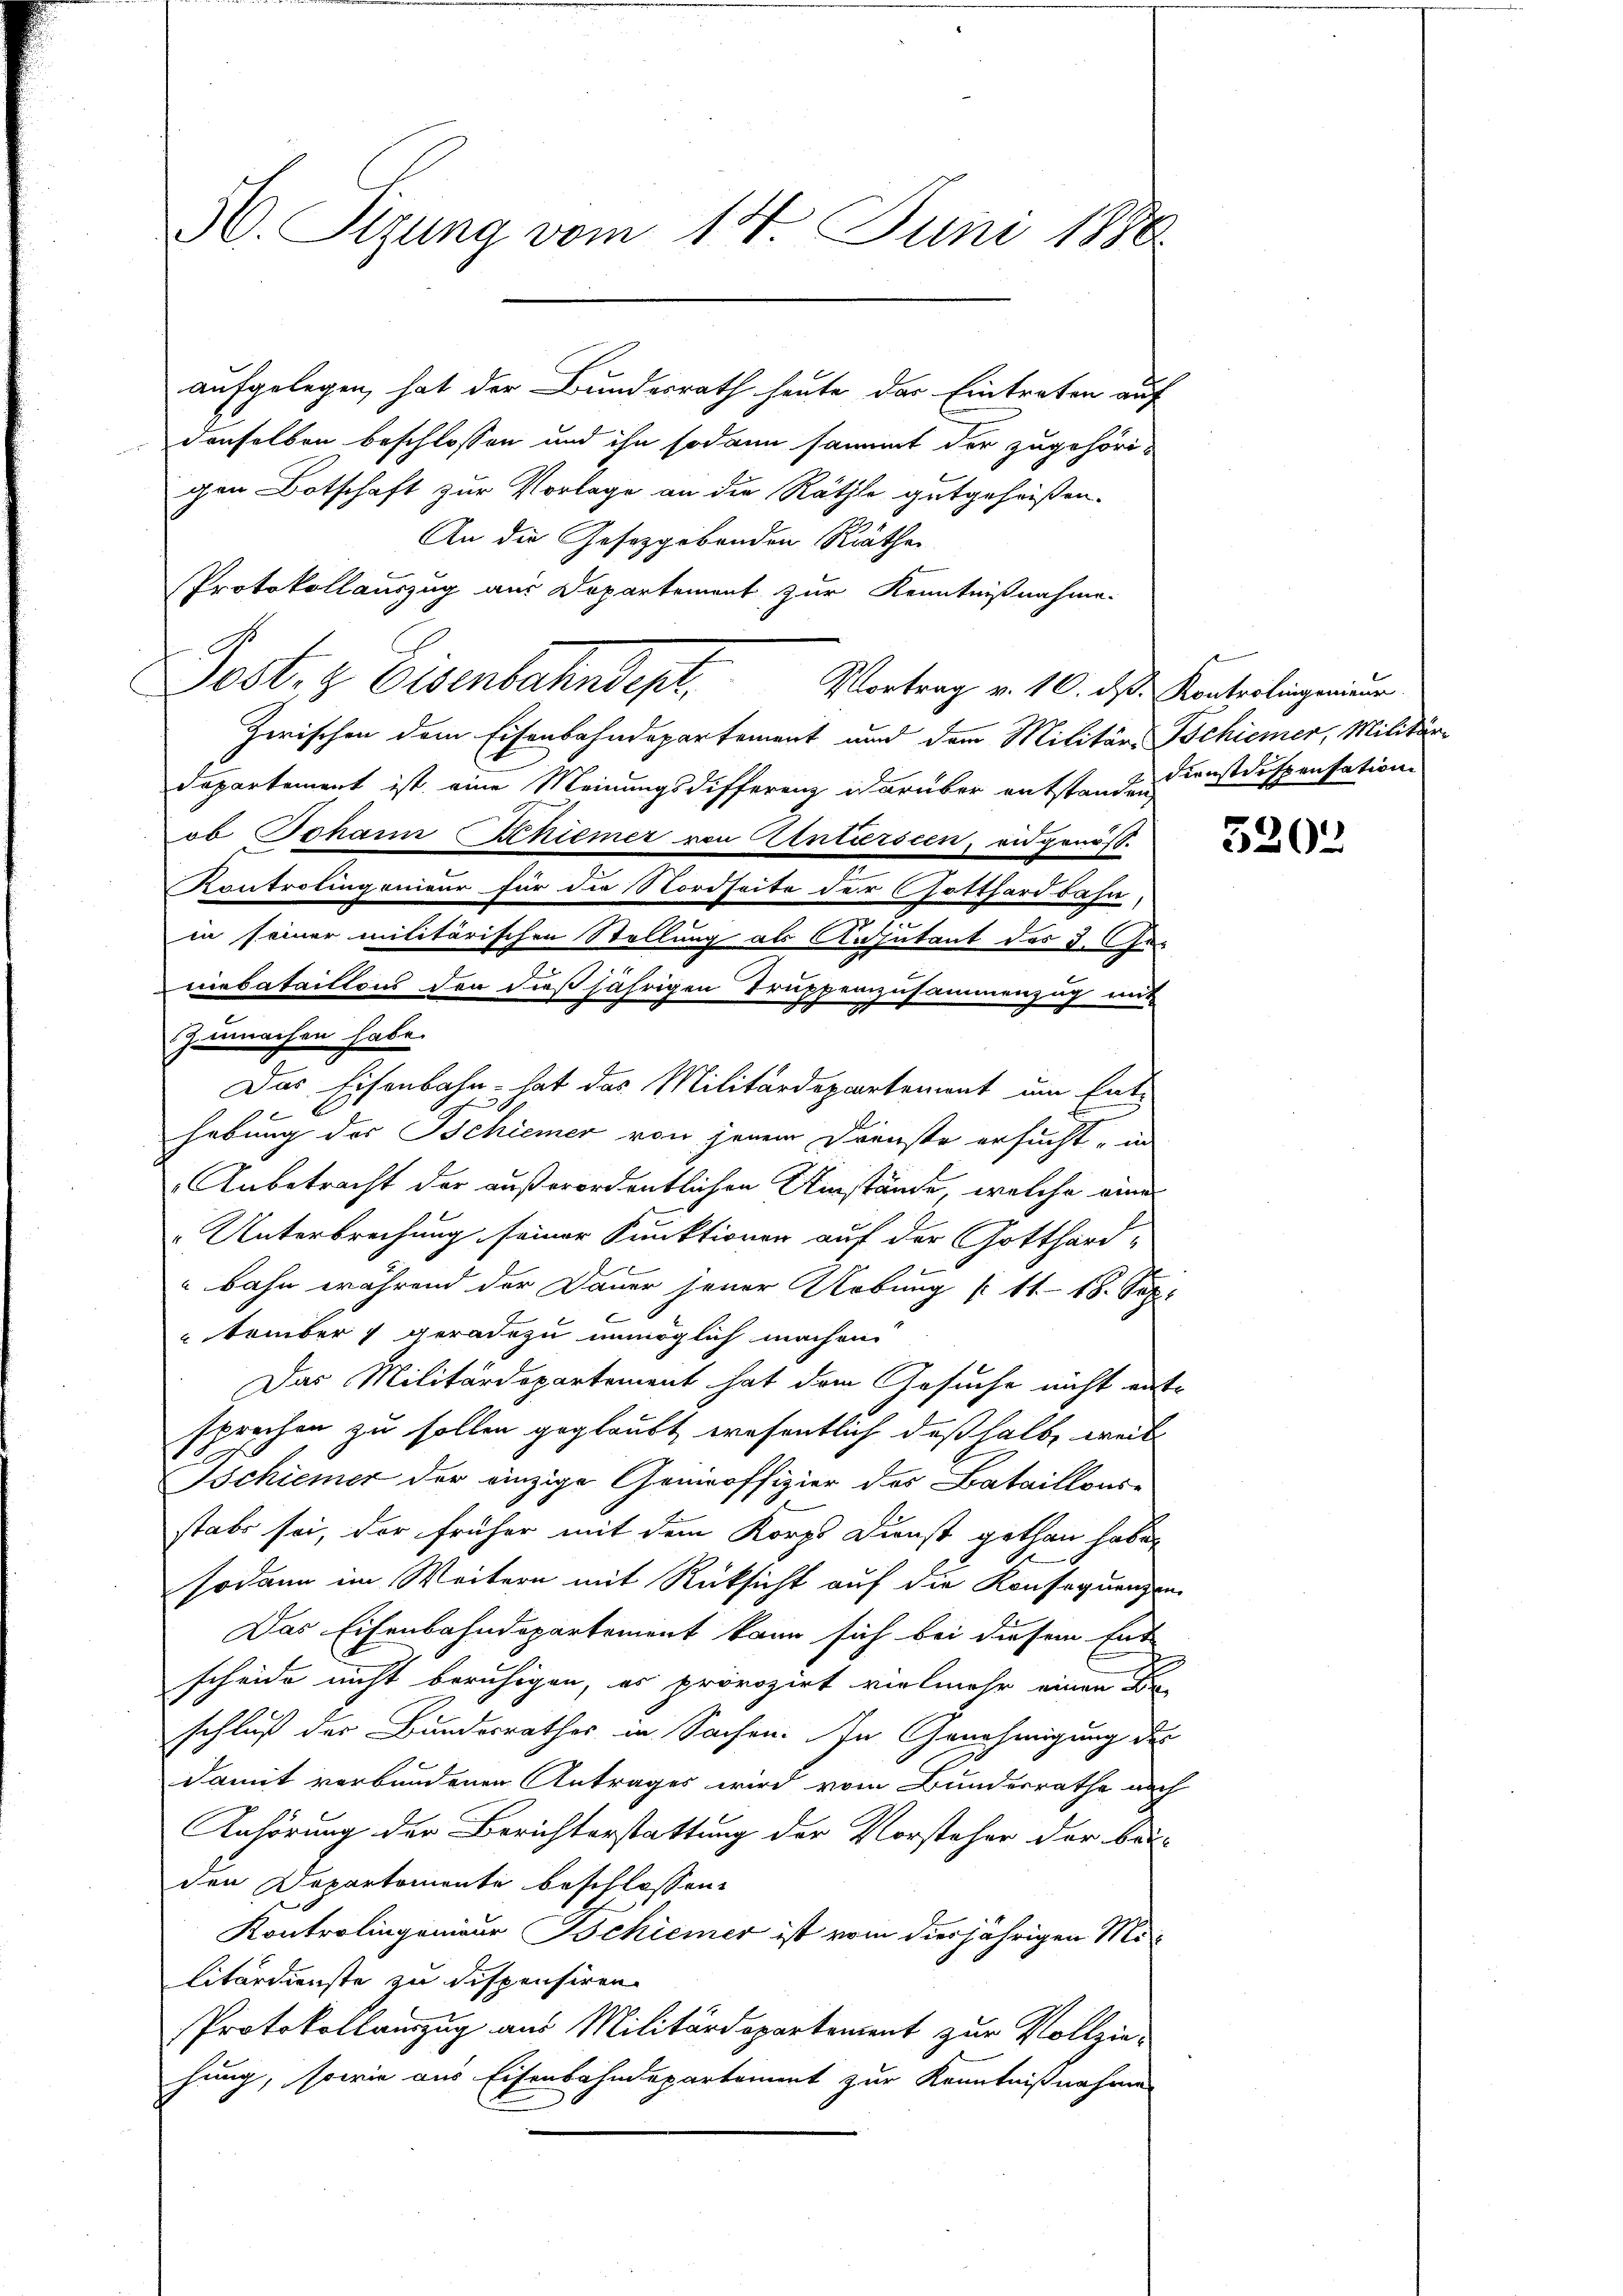
H. Sizung vom 14. Juni 1880

Das Eisenbahn - hat das Militärdepartement um Ent-

aufgelegen, hat der Bundesrath heute das Eintraten auf
denselben beschlossen und ihn sodann sammt der zugehöri-
gen Botschaft zur Vorlage an die Räthe gutgeheißen.
An die Gesetzgebenden Räthe
Protokollauszug aus Departement zur Kenntnißnahme.
Post. z. Eisenbahndepl
Vortrag v. 10. d. Kontrolingenieur
Zwischen dem Eisenbahndepartement und dem Militär-Gschiener, Militär-
Dapartement ist eine Meinungsdifferenz darüber entstanden Lustdispensation
ob Johann Kniemer von Antiersien, eidgenöß¬
Kontrolingenieur für die Nordseite der Gotthardbahn,
.
in seiner militärischen Stellung als Ansutant des d. Geniebataillons den dießjährigen Truppenzusammenzug mit
zumachen habe.
9
hebung der Bschiener von jenem Dienste ersucht, in
Anbetracht der außerordentlichen Umstände, welche eine
Unterbrechung seiner Funktionen auf der Gotthard-
bahn während der Dauer jener Uebung (: 11. 18. Sep.
tember 7 geradezu unmöglich machen.
Das Militärdepartement hat dem Gesuche nicht entsprechen zu sollen geglaubt, wesentlich deßhalb, weil
Tschiener der einzige Genieoffizier des Bataillons-
stabe sei, der früher mit dem Korps Dienst gethan haben
sodann im Weitern mit Rücksicht auf die Konsequenzen
Das Eisenbahndepartement kann sich bei diesem Ent
scheide nicht beruhigen, es provozirt vielmehr einen
schluß der Bundesrathes in Sachen. In Genehmigung des
damit verbundenen Antrages wird vom Bundesrathe nach
Anhörung der Berichterstattung der Vorsteher der beiden Departemente beschlossen:
Kontrolingenieur Bchiener ist vom diesjährigen Militärdienste zu dispensiren.
Protokollauszug aus Militärdepartement zur Vollzie-
hung, sowie aus Eisenbahndepartement zur Kenntnißnahme

5202